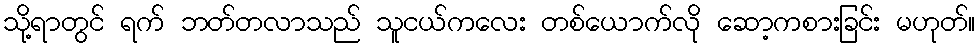
သို့ရာတွင် ရက် ဘတ်တလာသည် သူငယ်ကလေး တစ်ယောက်လို ဆော့ကစားခြင်း မဟုတ်။